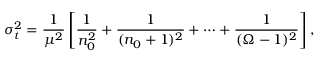
\sigma _ { t } ^ { 2 } = \frac { 1 } { \mu ^ { 2 } } \left[ \frac { 1 } { n _ { 0 } ^ { 2 } } + \frac { 1 } { ( n _ { 0 } + 1 ) ^ { 2 } } + \cdots + \frac { 1 } { ( \Omega - 1 ) ^ { 2 } } \right] ,